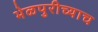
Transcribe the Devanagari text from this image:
भेळपुरीच्याच